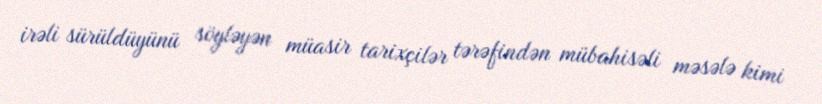
irəli sürüldüyünü söyləyən müasir tarixçilər tərəfindən mübahisəli məsələ kimi